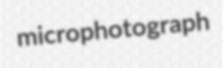
microphotograph